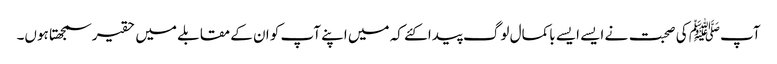
آپﷺ کی صحبت نے ایسے ایسے باکمال لوگ پیدا کئے کہ میں اپنے آپ کو ان کے مقابلے میں حقیر سمجھتا ہوں۔